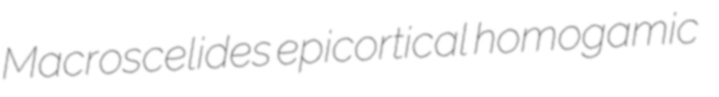
Macroscelides epicortical homogamic